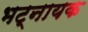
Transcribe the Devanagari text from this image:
भट्नायक